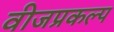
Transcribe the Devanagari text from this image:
वीजप्रकल्प